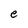
Character: e